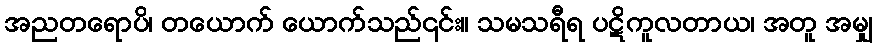
အညတရောပိ၊ တယောက် ယောက်သည်၎င်း။ သမသရီရ ပဋိကူလတာယ၊ အတူ အမျှ